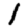
Digit: 1